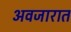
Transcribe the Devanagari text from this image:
अवजारात